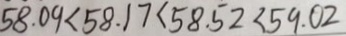
5 8 . 0 9 < 5 8 . 1 7 < 5 8 . 5 2 < 5 9 . 0 2